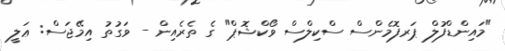
"މައިންޑްފުލް ޕަރފޮމެންސް ސްކިލްސް ވޯކްޝޮޕް" ގެ ތެރެއިން - ވަގުތު އިމޭޖަސް: ޢަލީ